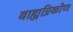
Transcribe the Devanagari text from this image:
बाह्यत्रिकोण